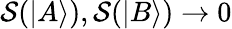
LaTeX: \mathcal{S}(|A\rangle),\mathcal{S}(|B\rangle)\rightarrow 0